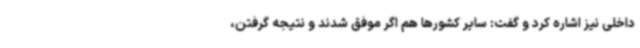
داخلی نیز اشاره کرد و گفت: سایر کشورها هم اگر موفق شدند و نتیجه گرفتن،